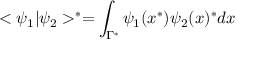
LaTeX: < \psi _ { 1 } | \psi _ { 2 } > ^ { * } = \int _ { \Gamma ^ { * } } \psi _ { 1 } ( x ^ { * } ) \psi _ { 2 } ( x ) ^ { * } d x